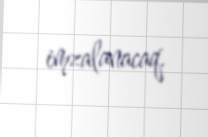
imzalanacaq.